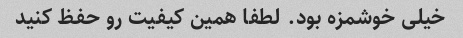
خیلى خوشمزه بود. لطفا همین کیفیت رو حفظ کنید